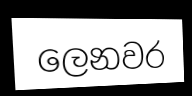
ලෙනවර